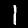
Digit: 1